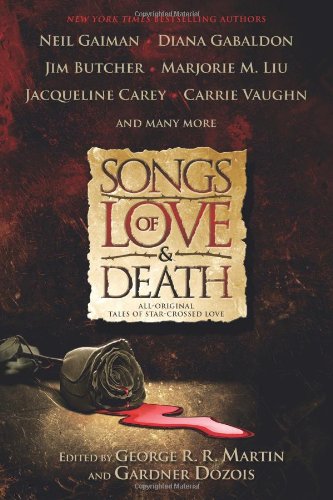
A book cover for Songs of Love and Death: All Original Tales of Star Crossed Love; Romance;